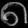
Digit: ၈